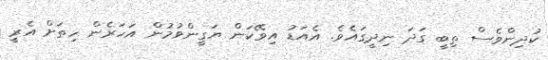
ކުދިންވެސް ތިބީ ގަދަ ނިދީގައެވެ. އެއަޑު އިވޭކަން ޔަގީންވުމުން އަހަރެން ހިތަށް އެރީ